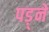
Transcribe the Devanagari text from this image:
पड़्ने